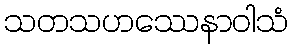
သတသဟဿေနာဝါသံ